Report on vaccination in the Province of Bengal - 1869-1873
Year: 1869
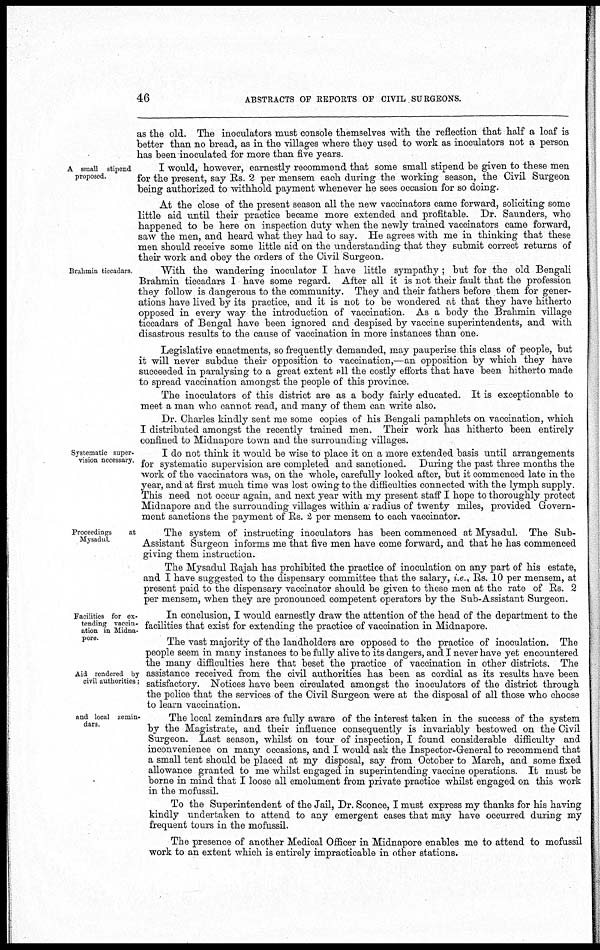
46
ABSTRACTS OF REPORTS OF CIVIL SURGEONS.
as the old. The inoculators must console themselves with the reflection that half a loaf is
better than no bread, as in the villages where they used to work as inoculators not a person
has been inoculated for more than five years.
A small stipend
proposed.
I would, however, earnestly recommend that some small stipend be given to these men
for the present, say Rs. 2 per mensem each during the working season, the Civil Surgeon
being authorized to withhold payment whenever he sees occasion for so doing.
At the close of the present season all the new vaccinators came forward, soliciting some
little aid until their practice became more extended and profitable. Dr. Saunders, who
happened to be here on inspection duty when the newly trained vaccinators came forward,
saw the men, and heard what they had to say. He agrees with me in thinking that these
men should receive some little aid on the understanding that they submit correct returns of
their work and obey the orders of the Civil Surgeon.
Brahmin ticcadars
With the wandering inoculator I have little sympathy; but for the old Bengali
Brahmin ticcadars I have some regard. After all it is not their fault that the profession
they follow is dangerous to the community. They and their fathers before them for gener-
ations have lived by its practice, and it is not to be wondered at that they have hitherto
opposed in every way the introduction of vaccination. As a body the Brahmin village
ticcadars of Bengal have been ignored and despised by vaccine superintendents, and with
disastrous results to the cause of vaccination in more instances than one.
Legislative enactments, so frequently demanded, may pauperise this class of people, but
it will never subdue their opposition to vaccination,—an opposition by which they have
succeeded in paralysing to a great extent all the costly efforts that have been hitherto made
to spread vaccination amongst the people of this province.
The inoculators of this district are as a body fairly educated. It is exceptionable to
meet a man who cannot read, and many of them can write also.
Dr. Charles kindly sent me some copies of his Bengali pamphlets on vaccination, which
I distributed amongst the recently trained men. Their work has hitherto been entirely
confined to Midnapore town and the surrounding villages.
Systematic super-
vision necessary.
I do not think it would be wise to place it on a more extended basis until arrangements
for systematic supervision are completed and sanctioned. During the past three months the
work of the vaccinators was, on the whole, carefully looked after, but it commenced late in the
year, and at first much time was lost owing to the difficulties connected with the lymph supply.
This need not occur again, and next year with my present staff I hope to thoroughly protect
Midnapore and the surrounding villages within a radius of twenty miles, provided Govern-
ment sanctions the payment of Rs. 2 per mensem to each vaccinator.
Proceedings
at
Mysadul.
The system of instructing inoculators has been commenced at Mysadul. The Sub-
Assistant Surgeon informs me that five men have come forward, and that he has commenced
giving them instruction.
The Mysadul Rajah has prohibited the practice of inoculation on any part of his estate,
and I have suggested to the dispensary committee that the salary, i.e., Rs. 10 per mensem, at
present paid to the dispensary vaccinator should be given to these men at the rate of Rs. 2
per mensem, when they are pronounced competent operators by the Sub-Assistant Surgeon.
Facilities for ex-
tending vaccin-
ation in Midna-
pore.
In conclusion, I would earnestly draw the attention of the head of the department to the
facilities that exist for extending the practice of vaccination in Midnapore.
Aid rendered by
civil authorities;
The vast majority of the landholders are opposed to the practice of inoculation. The
people seem in many instances to be fully alive to its dangers, and I never have yet encountered
the many difficulties here that beset the practice of vaccination in other districts. The
assistance received from the civil authorities has been as cordial as its results have been
satisfactory. Notices have been circulated amongst the inoculators of the district through
the police that the services of the Civil Surgeon were at the disposal of all those who choose
to learn vaccination.
and local zemin-
dars
The local zemindars are fully aware of the interest taken in the success of the system
by the Magistrate, and their influence consequently is invariably bestowed on the Civil
Surgeon. Last season, whilst on tour of inspection, I found considerable difficulty and
inconvenience on many occasions, and I would ask the Inspector-General to recommend that
a small tent should be placed at my disposal, say from October to March, and some fixed
allowance granted to me whilst engaged in superintending vaccine operations. It must be
borne in mind that I loose all emolument from private practice whilst engaged on this work
in the mofussil.
To the Superintendent of the Jail, Dr. Sconce, I must express my thanks for his having
kindly undertaken to attend to any emergent cases that may have occurred during my
frequent tours in the mofussil.
The presence of another Medical Officer in Midnapore enables me to attend to mofussil
work to an extent which is entirely impracticable in other stations.